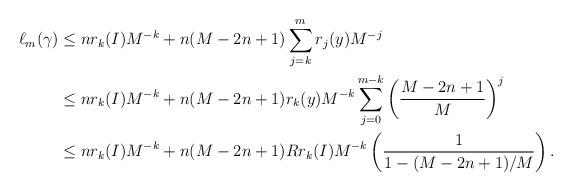
LaTeX: \begin{align*} \ell_m(\gamma) & \leq nr_k(I)M^{-k} + n(M-2n+1) \sum_{j=k}^m r_j(y)M^{-j} \\& \leq nr_k(I)M^{-k} + n(M-2n+1)r_k(y)M^{-k} \sum_{j=0}^{m-k} \left(\frac{M-2n+1}{M}\right)^j \\ & \leq nr_k(I)M^{-k} + n(M-2n+1)Rr_k(I)M^{-k} \left( \frac{1}{1-(M-2n+1)/M}\right).\end{align*}